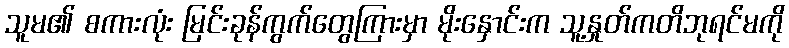
သူမ၏ စကားလုံး မြင်းခုန်ကွက်တွေကြားမှာ မိုးနှောင်းက သူ့နှုတ်ကတိဘုရင်မကို